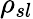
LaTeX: \rho_{sl}